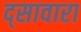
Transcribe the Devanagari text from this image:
द्सावारा